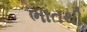
ભાતથી